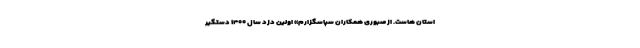
استان هاست. از صبوری همکاران سپاسگزارم» اولین دزد سال ۱۴۰۰ دستگیر